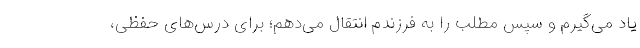
یاد می‌گیرم و سپس مطلب را به فرزندم انتقال می‌دهم؛ برای درس‌های حفظی،